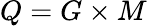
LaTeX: Q=G\times M